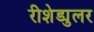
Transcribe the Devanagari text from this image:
रीशेड्युलर